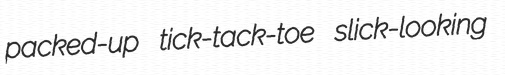
packed-up tick-tack-toe slick-looking